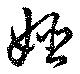
姫